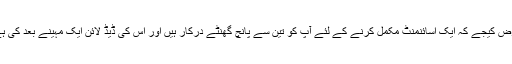
فرض کیجے کہ ایک اسائنمنٹ مکمل کرنے کے لئے آپ کو تین سے پانچ گھنٹے درکار ہیں اور اُس کی ڈیڈ لائن ایک مہینے بعد کی ہے۔